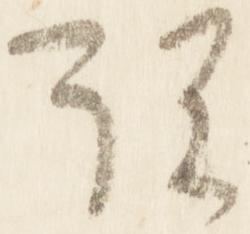
説